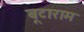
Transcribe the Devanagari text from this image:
बूटाराम